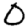
Digit: 0